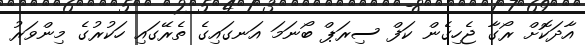
އާދަކޮށް ރޯގާ ޖެހިގެން ކަފް ސިރަޕް ބޯނަމަ އަނގައިގެ ތެރޭގައި ހަކުރުގެ މިންވަރު